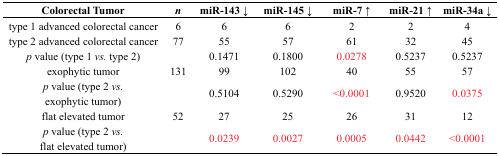
<table><thead><tr><td><b>Colorectal Tumor</b></td><td><b><i>n</i></b></td><td><b>miR-143 ↓</b></td><td><b>miR-145 ↓</b></td><td><b>miR-7 ↑</b></td><td><b>miR-21 ↑</b></td><td><b>miR-34a ↓</b></td></tr></thead><tbody><tr><td>type 1 advanced colorectal cancer</td><td>6</td><td>6</td><td>6</td><td>2</td><td>2</td><td>4</td></tr><tr><td>type 2 advanced colorectal cancer</td><td>77</td><td>55</td><td>57</td><td>61</td><td>32</td><td>45</td></tr><tr><td><i>p</i> value (type 1 <i>vs.</i> type 2)</td><td></td><td>0.1471</td><td>0.1800</td><td>0.0278</td><td>0.5237</td><td>0.5237</td></tr><tr><td>exophytic tumor</td><td>131</td><td>99</td><td>102</td><td>40</td><td>55</td><td>57</td></tr><tr><td><i>p</i> value (type 2 <i>vs.</i> exophytic tumor)</td><td></td><td>0.5104</td><td>0.5290</td><td>&lt;0.0001</td><td>0.9520</td><td>0.0375</td></tr><tr><td>flat elevated tumor</td><td>52</td><td>27</td><td>25</td><td>26</td><td>31</td><td>12</td></tr><tr><td><i>p</i> value (type 2 <i>vs.</i> flat elevated tumor)</td><td></td><td>0.0239</td><td>0.0027</td><td>0.0005</td><td>0.0442</td><td>&lt;0.0001</td></tr></tbody></table>